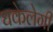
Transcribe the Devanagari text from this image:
धकेलेगी